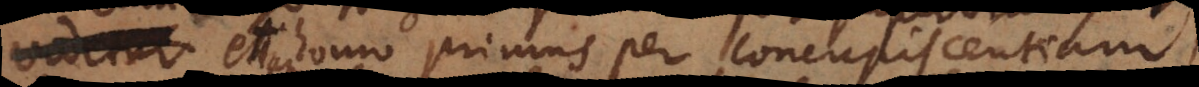
etiam homo primus per concupiscentiam,